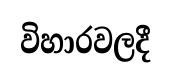
විහාරවලදී